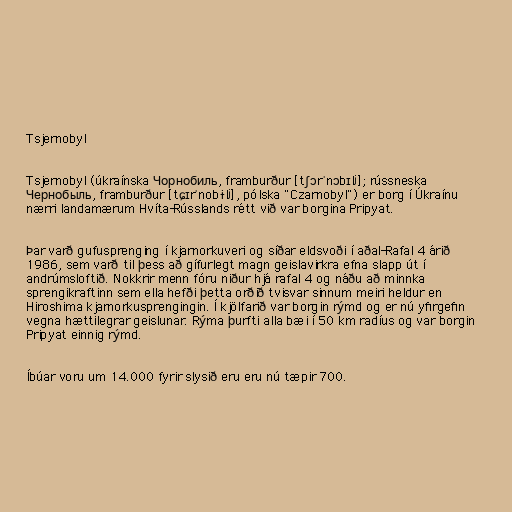
Tsjernobyl

Tsjernobyl (úkraínska Чорнобиль, framburður [tʃɔrˈnɔbɪlʲ]; rússneska
Чернобыль, framburður [tɕɪrˈnobɨlʲ], pólska "Czarnobyl") er borg í Úkraínu
nærri landamærum Hvíta-Rússlands rétt við var borgina Pripyat.

Þar varð gufusprenging í kjarnorkuveri og síðar eldsvoði í aðal-Rafal 4 árið
1986, sem varð til þess að gífurlegt magn geislavirkra efna slapp út í
andrúmsloftið. Nokkrir menn fóru niður hjá rafal 4 og náðu að minnka
sprengikraftinn sem ella hefði þetta orðið tvisvar sinnum meiri heldur en
Hiroshima kjarnorkusprengingin. Í kjölfarið var borgin rýmd og er nú yfirgefin
vegna hættilegrar geislunar. Rýma þurfti alla bæi í 50 km radíus og var borgin
Pripyat einnig rýmd.

Íbúar voru um 14.000 fyrir slysið eru eru nú tæpir 700.